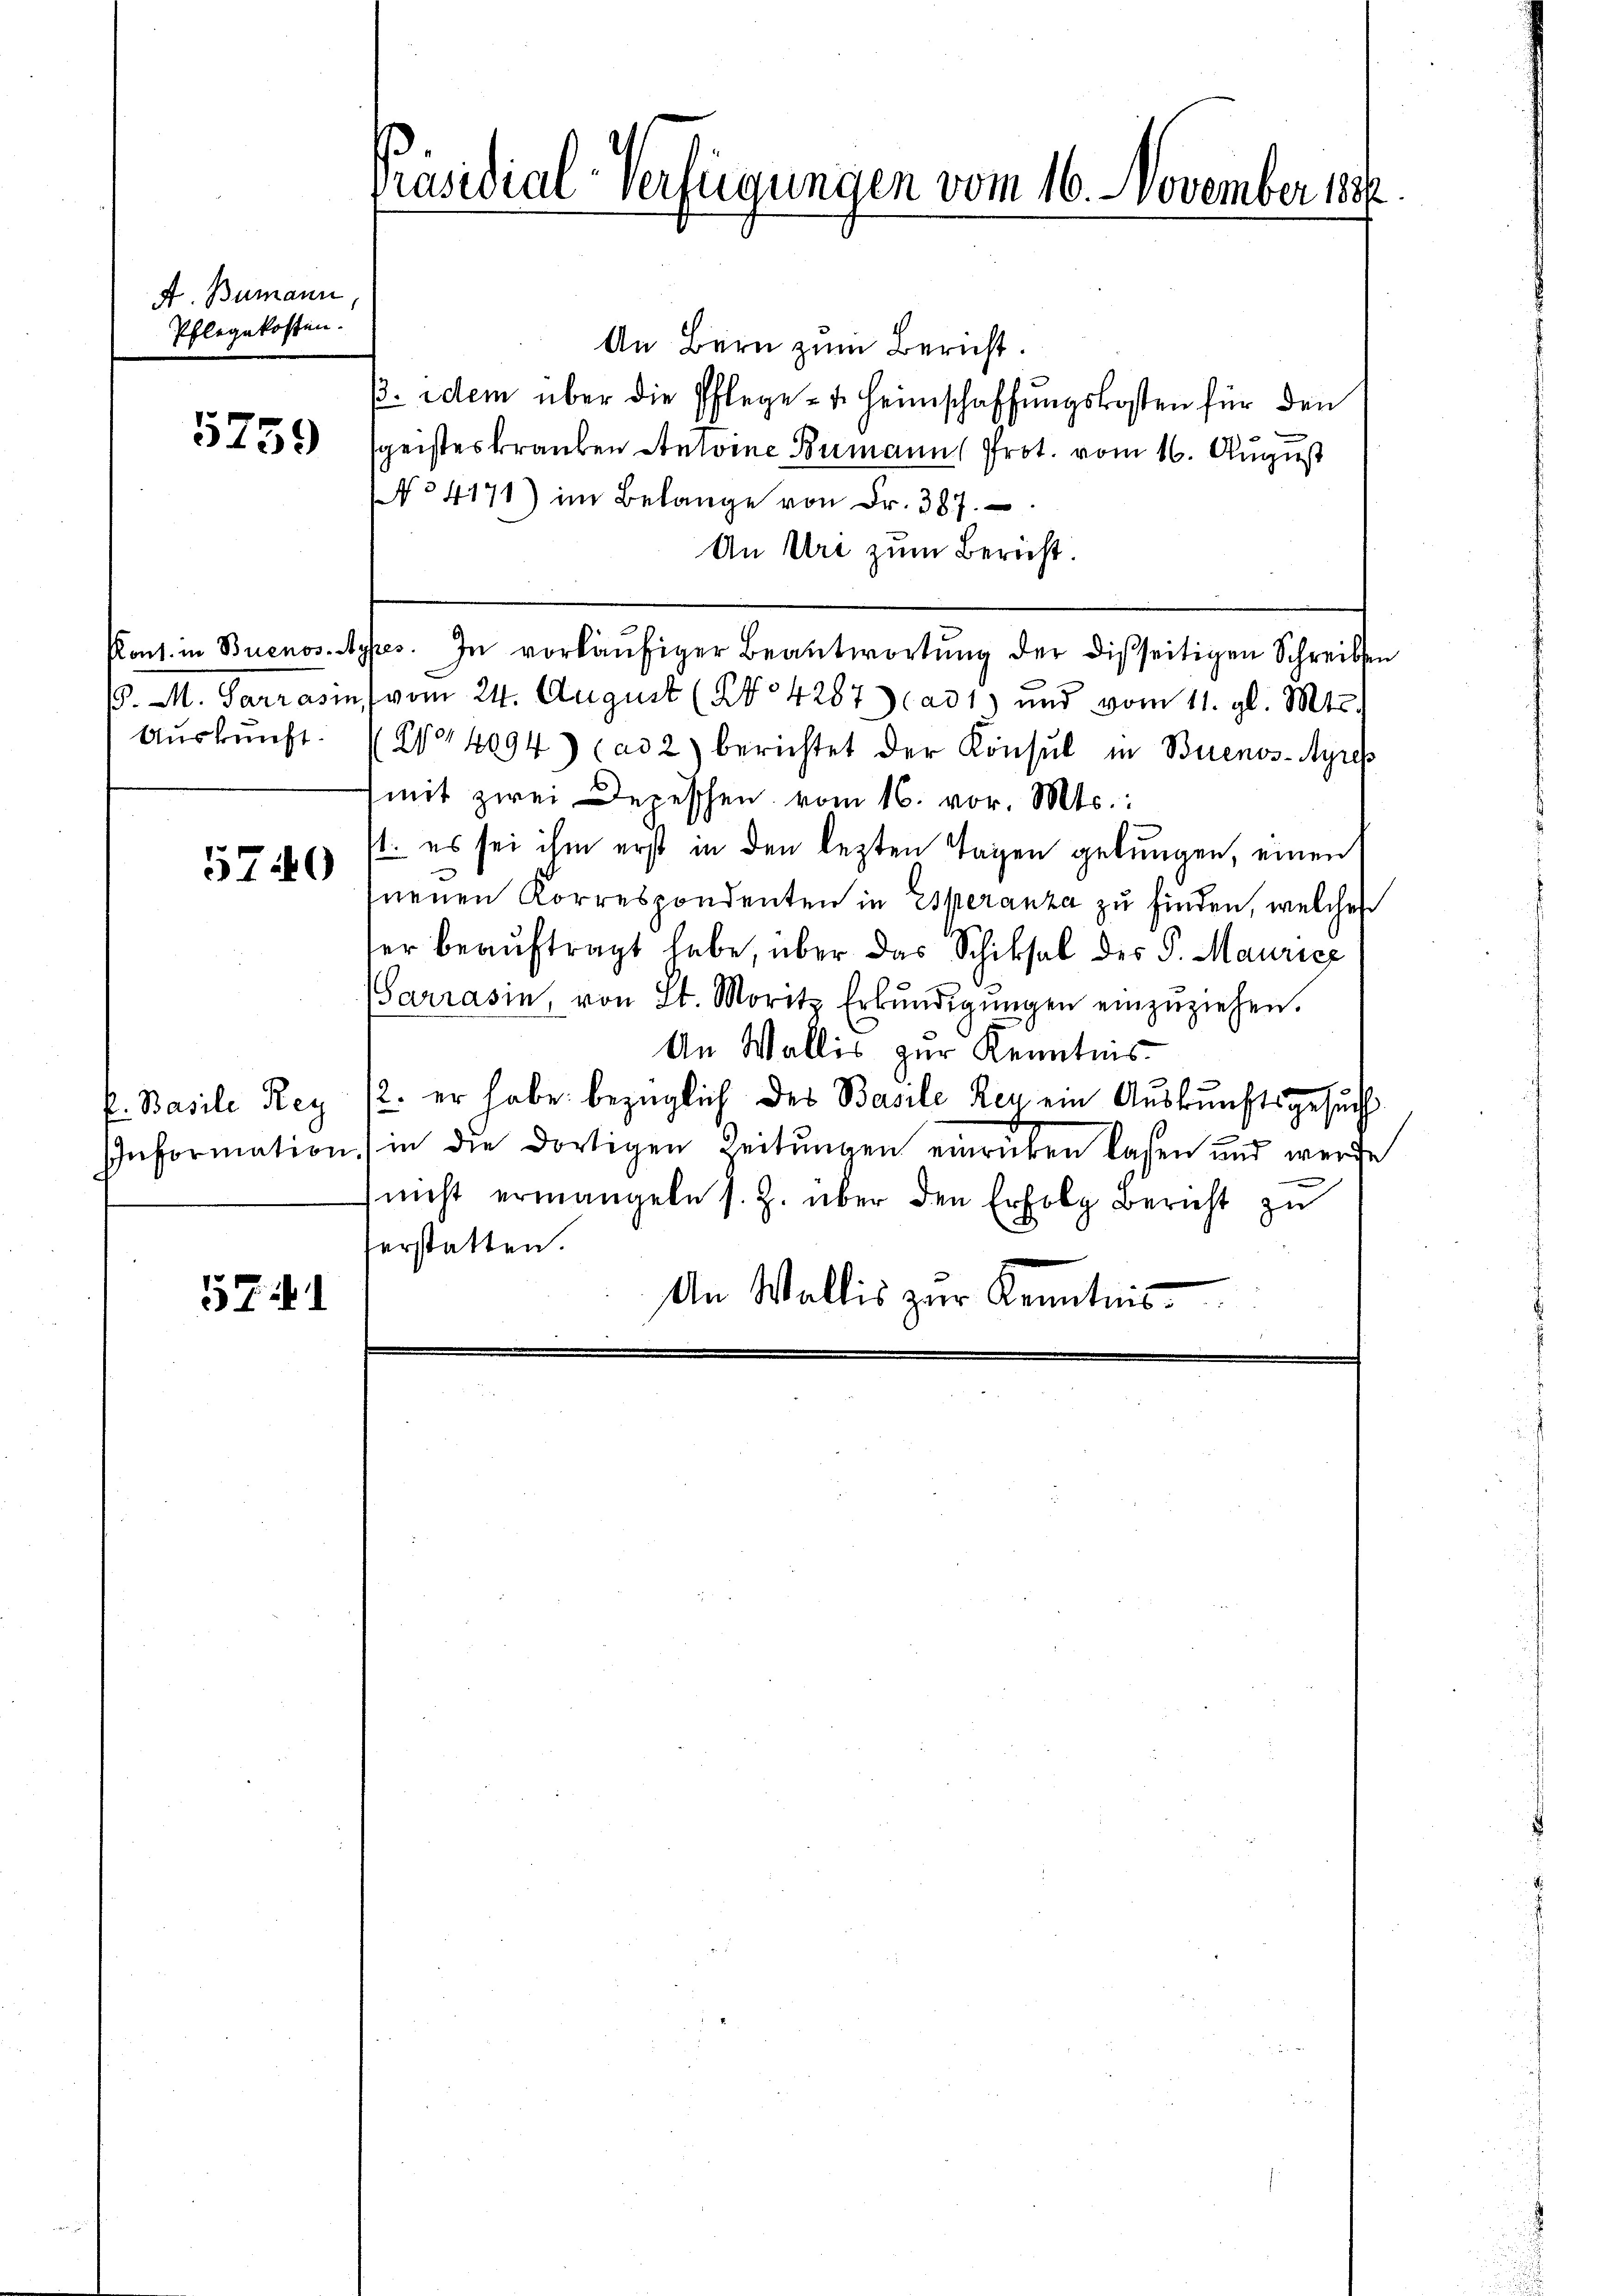
A. Bumann,
Pflegekosten.

5739

Auskunft.

5740

f. Basile Reg

5741

Präsidial-Verfügungen vom 16. November 1880

An Bern zum Bericht.
/. dem über die Pflege- u. Heimschaffŭngskosten für den
sgeisteskranken Antoine Bumanns Prot. vom 16. August
o4171) im Belange von Fr. 387.
An Uri zum Bericht.
Pont. in Buenos-Aypes. In vorläŭfiger Beantwortŭng der disseitigen Schreiben
15. M. Parrasin vom 24. August (204287) ad 1) und vom 11. gl. Mts.
(24094) (ad 2) berichtet der Konsul in Buenos-Ayrek
mit zwei Depeschen vom 16. vor. Mts.:
s. es sei ihm erst in den lezten Tagen gebungen, einen
neuen Korrespondenten in Esperanza zu finden, welches
ser beaŭftragt habe, über das Schiksal des P. Mauricz
arrasin, von St. Moritz Erkŭndigŭngen einzŭziehen.
An Wallis zur Kenntnis
2. er habe bezüglich des Basile Rez. ein Auskunftsgesuch
e
Information (in die dortigen Zeitungen einrüken lasen und werde

nicht ermangeln s. Z. über den Erfolg Bericht zu
serstatten.
An Wallis zur Kenntnis.